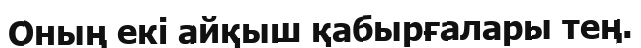
Оның екі айқыш қабырғалары тең.